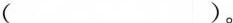
()。